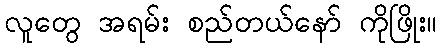
လူတွေ အရမ်း စည်တယ်နော် ကိုဖြိုး။